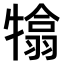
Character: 𤛣